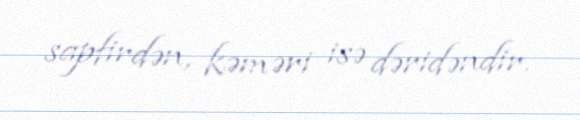
sapfirdən, kəməri isə dəridəndir.